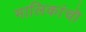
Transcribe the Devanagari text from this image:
मालिकांचॊ